Investigations on Bengal jail dietaries - Number 37
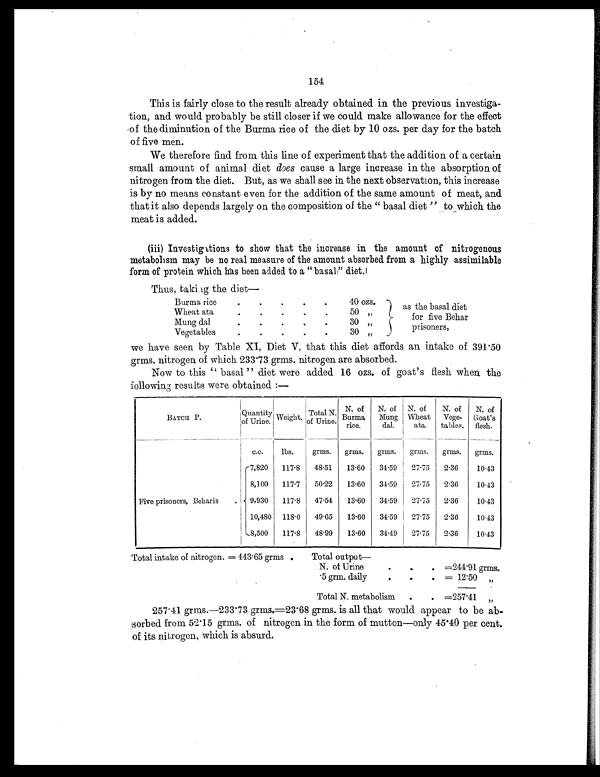
154
This is fairly close to the result already obtained in the previous investiga-
tion, and would probably be still closer if we could make allowance for the effect
of the diminution of the Burma rice of the diet by 10 ozs. per day for the batch
of five men.
We therefore find from this line of experiment that the addition of a certain
small amount of animal diet does cause a large increase in the absorption of
nitrogen from the diet. But, as we shall see in the next observation, this increase
is by no means constant even for the addition of the same amount of meat, and
that it also depends largely on the composition of the " basal diet " to which the
meat is added.
(iii) Investigations to show that the increase in the amount of nitrogenous
metabolism may be no real measure of the amount absorbed from a highly assimilable
form of protein which has been added to a " basal," diet.
Thus, taking the diet
—
Burma rice
.
.
.
. .
40 ozs.
as the basal diet
for five Behar
prisoners,
Wheat ata
.
.
.
. .
50 „
Mung dal
.
.
.
.
.
30 „
Vegetables
.
.
.
.
.
3 0 „
we have seen by Table XI, Diet V, that this diet affords an intake of 391.50
grms. nitrogen of which 233.73 grms. nitrogen are absorbed.
Now to this " basal " diet were added 16 ozs. of goat's flesh when the
following results were obtained :—
BATCH P.
Quantity
of Urine
.
Weight. Total N.
of Urine.
N. of
Burma
rice.
N. of
Mung
dal.
N. of
Wheat
ata.
N. of
Vege-
tables.
N. of
Goat's
flesh.
c.c.
lbs.
grms. grms. grms. grms. grms. grms.
Five prisoners, Beharis .
7,820 117.8 48.51 13.60 34.59 27.75 2.36
10.43
8,100 117.7 50.22 13.60 34.59 27.75 2.36
10.43
9,930 117.8 47.54 13.60 34.59 27.75 2.36
10.43
10,480 118.0 49.65 13.60 34.59 27.75 2.36
10.43
8,500 117.8 48.99 13.60 34.49 27.75 2.36
10.43
Total intake of nitrogen. = 443.65 grms
Total output—
N. of Urine
.
. . =244.91 grms.
. 5 grm. daily
.
.
. = 12.50 „
Total N. metabolism
. . =257.41 „
257.41 grms.—233.73 grms.=23.68 grms. is all that would appear to be ab-
sorbed from 52.15 grms. of nitrogen in the form of mutton—only 45.40 per cent.
of its nitrogen, which is absurd.